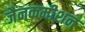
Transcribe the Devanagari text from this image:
जैनकमीशन